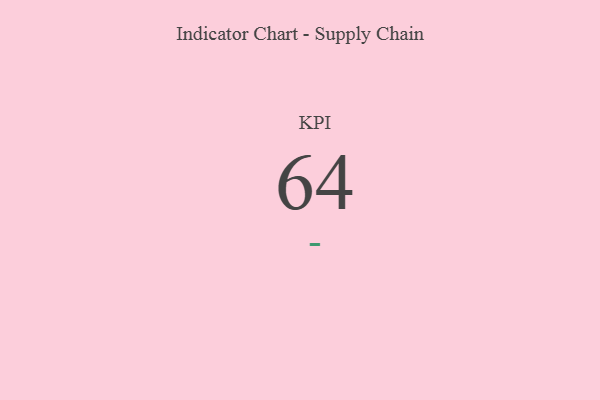
{"axis": {"x": "KPI", "y": "Value"}, "legend": [""], "data": [{"x": "KPI", "y": 64, "type": ""}]}